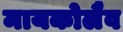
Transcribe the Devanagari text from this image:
मायकोलैव